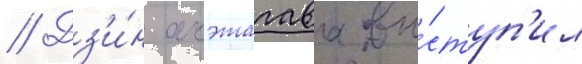
// Дз'и́н акэтагава вы́ступ'ил